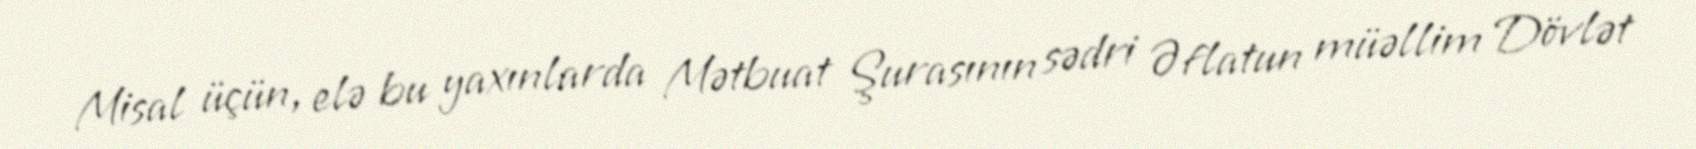
Misal üçün, elə bu yaxınlarda Mətbuat Şurasının sədri Əflatun müəllim Dövlət